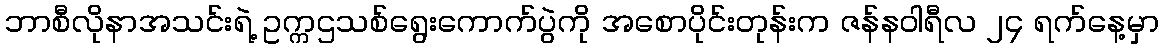
ဘာစီလိုနာအသင်းရဲ့ ဥက္ကဌသစ်ရွေးကောက်ပွဲကို အစောပိုင်းတုန်းက ဇန်နဝါရီလ ၂၄ ရက်နေ့မှာ